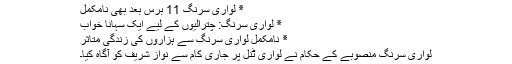
٭ لواری سرنگ 11 برس بعد بھی نامکمل
٭ لواری سرنگ: چترالیوں کے لیے ایک سہانا خواب
٭ نامکمل لواری سرنگ سے ہزاروں کی زندگی متاثر
لواری سرنگ منصوبے کے حکام نے لواری ٹنل پر جاری کام سے نواز شریف کو آگاہ کیا۔